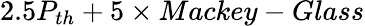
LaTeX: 2.5P_{th}+5\times Mackey-Glass